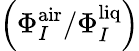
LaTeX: \left({\Phi_{I}^{\mathrm{air}}}/{\Phi_{I}^{\mathrm{liq}}}\right)